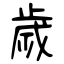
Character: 歲